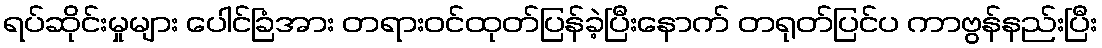
ရပ်ဆိုင်းမှုများ ပေါင်ခြံအား တရားဝင်ထုတ်ပြန်ခဲ့ပြီးနောက် တရုတ်ပြင်ပ ကာဗွန်နည်းပြီး